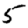
Digit: 5